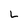
Character: L